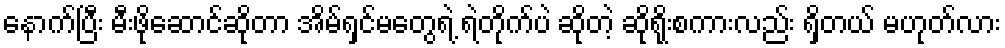
နောက်ပြီး မီးဖိုဆောင်ဆိုတာ အိမ်ရှင်မတွေရဲ့ ရဲတိုက်ပဲ ဆိုတဲ့ ဆိုရိုးစကားလည်း ရှိတယ် မဟုတ်လား